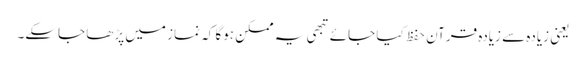
یعنی زیادہ سے زیادہ قرآن حفظ کیا جائے تبھی یہ ممکن ہوگا کہ نماز میں پڑھا جاسکے۔